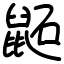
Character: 鼫